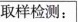
取样检测：